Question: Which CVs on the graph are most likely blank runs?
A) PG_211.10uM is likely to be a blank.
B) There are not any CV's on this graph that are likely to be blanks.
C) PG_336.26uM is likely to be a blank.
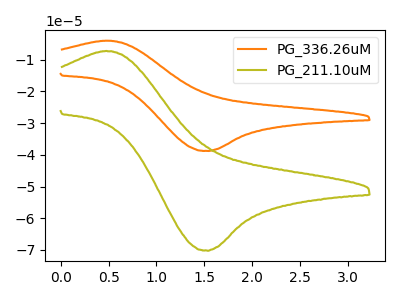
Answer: <think>The orange curve "PG_336.26uM" has an anodic peak at (0.50V, -4.00uA) and a cathodic peak at (1.55V, -38.80uA). The olive curve "PG_211.10uM" has an anodic peak at (0.50V, -7.25uA) and a cathodic peak at (1.55V, -70.25uA).</think>
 <answer>B) There are not any CV's on this graph that are likely to be blanks.</answer>
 <eval>B</eval>